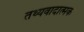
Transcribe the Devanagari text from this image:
तथ्यवादात्मक